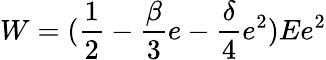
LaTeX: W=(\frac{1}{2}-\frac{\beta}{3}e-\frac{\delta}{4}e^{2})Ee^{2}